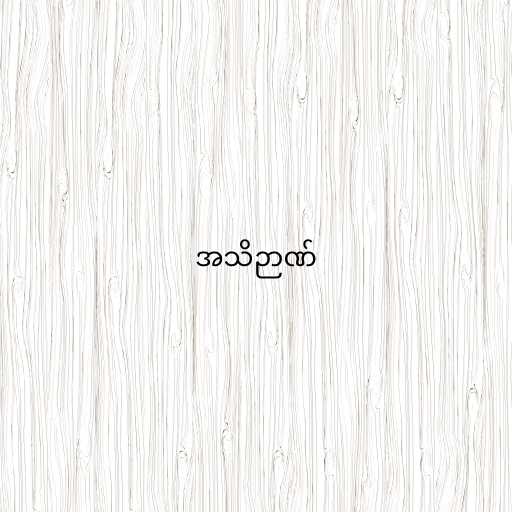
အသိဉာဏ်